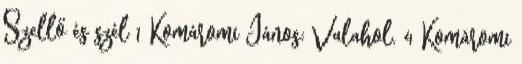
Szellő és szél 1 Komáromi János: Valahol. 4 Komáromi